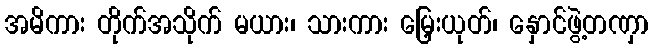
အမိကား တိုက်အသိုက် မယား၊ သားကား မြှေးယုတ်၊ နှောင်ဖွဲ့တဏှာ